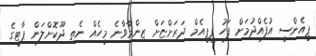
ޕީއެންސީ އުފެއްދުމަށް ފަހު ޕީޕީއެމް ދަރަށްޏަށް ޒިންމާވާނެ މީހެއް ނެތި ދޫކޮށްލަން ޕާޓީގެ